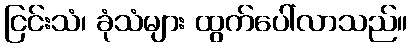
ငြင်းသံ၊ ခုံသံများ ထွက်ပေါ်လာသည်။